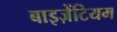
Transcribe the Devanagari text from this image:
बाइज़ेंटियम